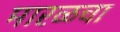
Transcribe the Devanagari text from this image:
मारळचा